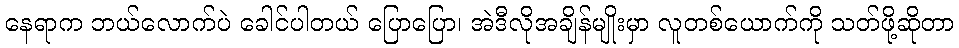
နေရာက ဘယ်လောက်ပဲ ခေါင်ပါတယ် ပြောပြော၊ အဲဒီလိုအချိန်မျိုးမှာ လူတစ်ယောက်ကို သတ်ဖို့ဆိုတာ